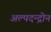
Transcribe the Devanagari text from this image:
अल्पदन्द्रोन